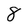
Character: 8